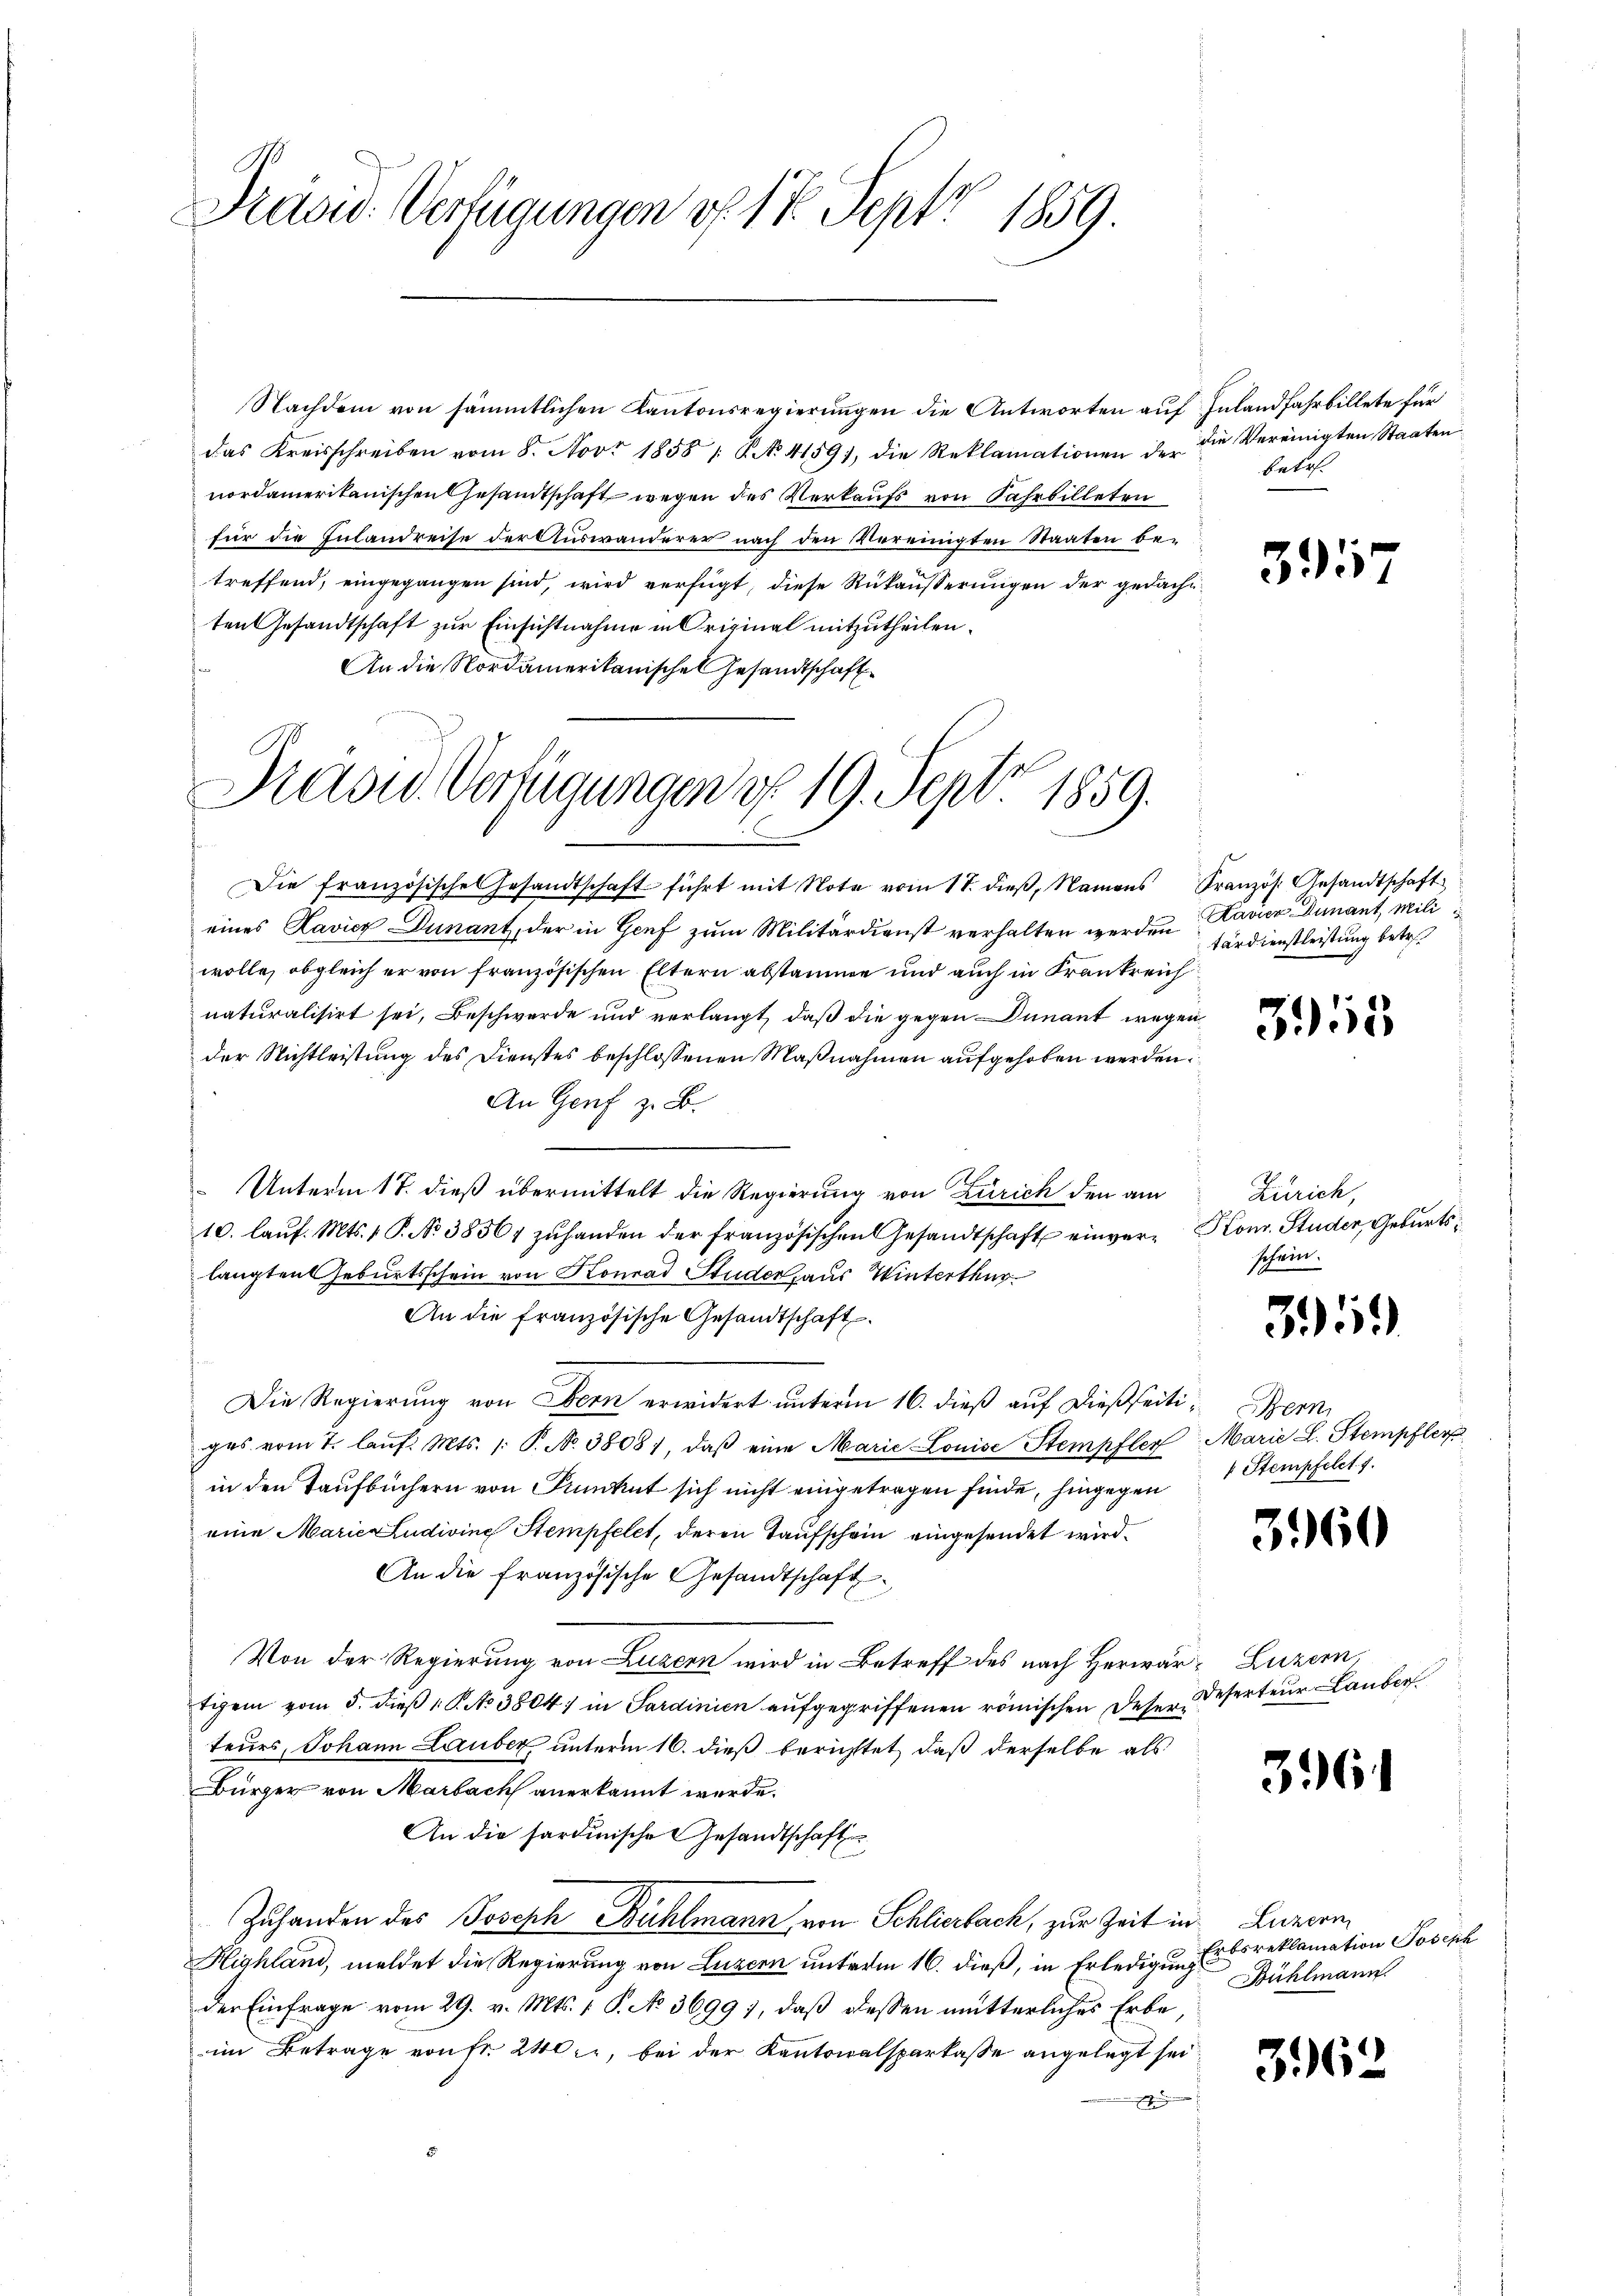
Präsid. Verfügungen v. 18 Sept. 1859.

Nachdem von sämmtlichen Kantonsregierungen die Antworten auf Inlandfahrbillete für
das Kreisschreiben vom 8. Nov. 1858 / P. No. 4159), die Reklamationen der die Vereinigten Staaten
nordamerikanischen Gesamtschaft wegen des Verkaufs von Fahrbilleten
für die Inlandreise der Auswanderer nach den Vereinigten Staaten be-
treffend, eingegangen sind, wird verfügt, diese Rükäusserungen der gedacht
ten Gesandtschaft zur Einsichtnahme in Original mitzutheilen.
An die Nordamerikanische Gesandtschaft

Kasid. Verfügungen d. 19. Sept. 1859.

eines Lavicz Dunant, der in Genf zum Militärdienst verhalten werden avier Dunant, Mili
wolle, obgleich er von französischen Eltern abstamme und auch in Frankreich
naturalisirt sei, Beschwerde und verlangt, daß die gegen Dunant wegen
der Nichtleistung des Dienstes beschlossenen Maßnahmen aufgehoben werden.
An Genf z. B.
Unterm 17. dieß übermittelt die Regierung von Zürich den am
10. laŭf. Mts. 1 P. No 38561 zŭhanden der französischen Gesandtschaft einver- Konr. Studer, Geburtslangten Geburtsschein von Konrad Studer aus Winterthur
An die französische Gesandtschaft
Die Regierung von Obern erwidert unterm 16. dieß auf dießseiti- Bern
ges vom 7. laŭf. Mts. 1. P. N. 3808), daβ eine Marie Louise Stempfler Marie L. Stempfer
in den Taufbüchern von Punkt sich nicht eingetragen finde, hingegen
eine Marie-Ludivine Stempfelet, deren Taufschein eingesendet wird.
An die französische Gesandtschaft
Von der Regierung von Luzern wird in Betreff des nach Herwär, Luzern,
tigem vom 5. dieβ 1. P. No 3804) in Sardinien aŭfgegriffenen römischen Deser Deserteur Lauber
teurs, Johann Lauber unterm 16. dieß berichtet, daß derselbe als
Bürger von Marbach anerkannt werde.
An die sardinische Gesandtschaften
Zuhanden des Joseph Bühlmann von Schlierbach, zur Zeit in Luzern
Highland, meldet die Regierung von Luzern unterm 16. dieß, in Erledigungsder Einfrage vom 29. v. Mts. 1 S. No. 3699), daβ dessen mütterliches Erbe,
im Betrage von fr. 240, bei der Kantonalsparkasse angelegt sei
g

Die französische Gesandtschaft führt mit Note vom 17. dieβ, Namens Französ. Gesandtschaft

betr.

tärdienstleistung betr.

3915

Zürich,
schein.

395

395

Stempfelct. 7.

3960

326

Erbsreklamation Joseph
Bühlmann

3962